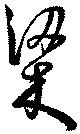
梁